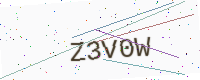
Text: Z3V0W